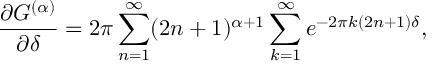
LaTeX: \frac { \partial G ^ { ( \alpha ) } } { \partial \delta } = 2 \pi \sum _ { n = 1 } ^ { \infty } ( 2 n + 1 ) ^ { \alpha + 1 } \sum _ { k = 1 } ^ { \infty } e ^ { - 2 \pi k ( 2 n + 1 ) \delta } ,